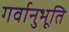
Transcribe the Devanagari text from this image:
गर्वानुभूति